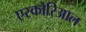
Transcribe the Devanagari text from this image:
एस्कोरिआल